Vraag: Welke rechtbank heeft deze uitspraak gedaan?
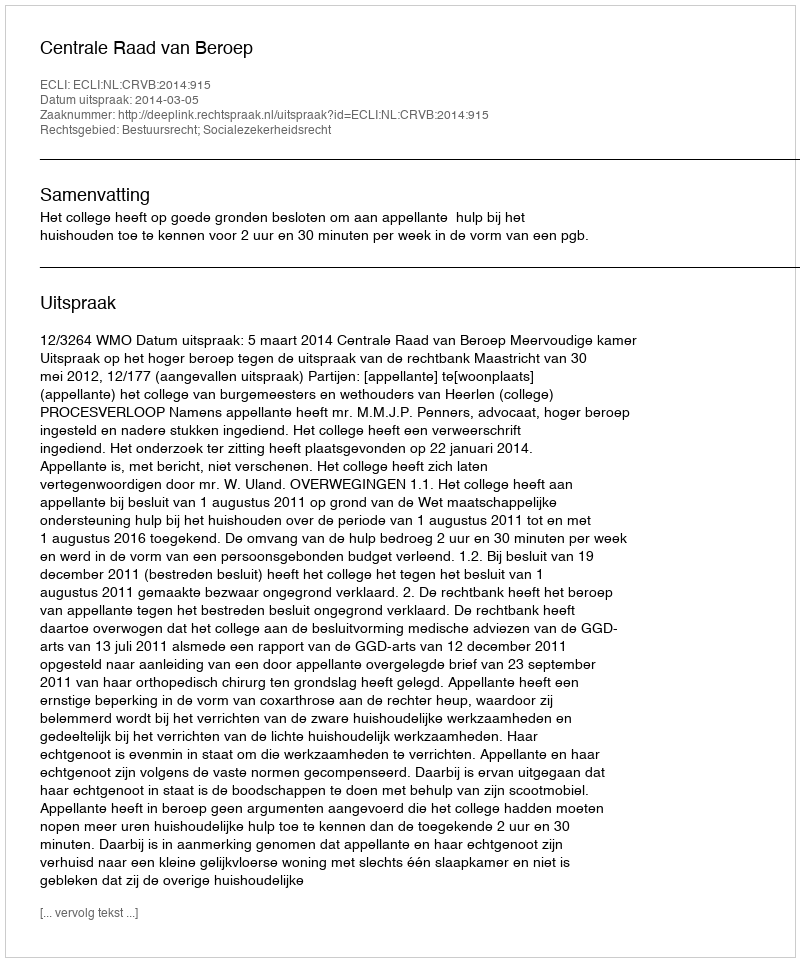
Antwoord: Centrale Raad van Beroep